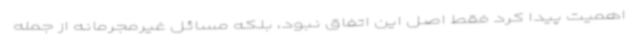
اهمیت پیدا کرد فقط اصل این اتفاق نبود، بلکه مسائل غیرمجرمانه از جمله